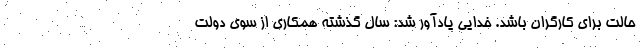
حالت برای کارگران باشد. خدایی یادآور شد: سال گذشته همکاری از سوی دولت